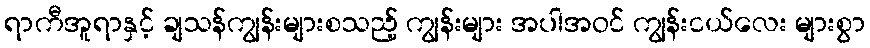
ရာကီအူရာနှင့် ချသန်ကျွန်းများစသည့် ကျွန်းများ အပါအဝင် ကျွန်းငယ်လေး များစွာ